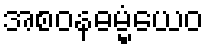
အစဝနဓမ္မံယေဝ